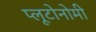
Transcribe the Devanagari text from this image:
प्लूटोनोमी